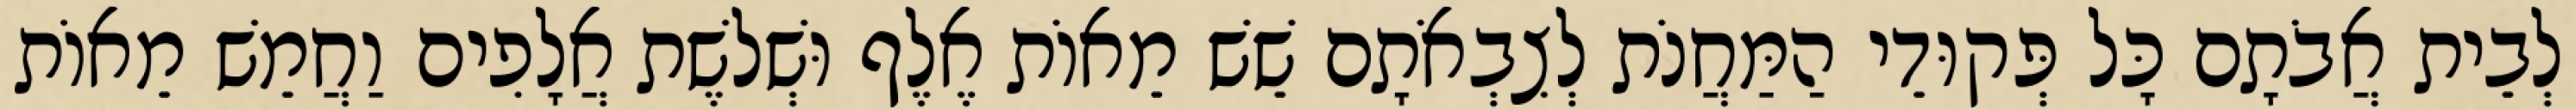
לְבֵית אֲבֹתָם כָּל פְּקוּדֵי הַמַּחֲנֹת לְצִבְאֹתָם שֵׁשׁ מֵאוֹת אֶלֶף וּשְׁלשֶׁת אֲלָפִים וַחֲמֵשׁ מֵאוֹת